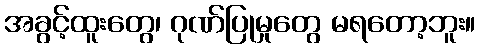
အခွင့်ထူးတွေ၊ ဂုဏ်ပြုမှုတွေ မရတော့ဘူး။